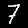
Digit: 7